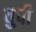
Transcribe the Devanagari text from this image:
वुपी